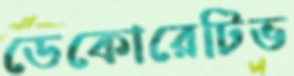
ডেকোরেটিভ